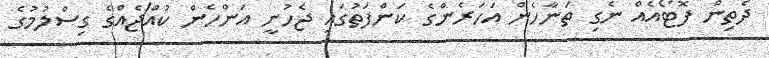
ދެތިން ފޮޓޯއެއް ނެގި ތަނާހެން އަހަރެންގެ ކަންފަތުގައި ޖެހުނީ އަންހެން ކުއްޖެއްގެ ގިސްލުމުގެ